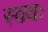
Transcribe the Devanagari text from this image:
स्वयः